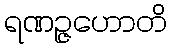
ရဏဉ္ဇဟောတိ